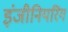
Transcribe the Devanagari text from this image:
इंजीनियरिंग